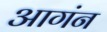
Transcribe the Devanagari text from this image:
आगंन